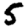
Digit: 5